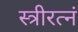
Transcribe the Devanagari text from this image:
स्त्रीरत्नं